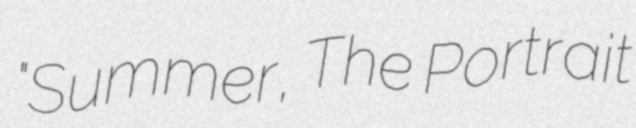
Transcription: "Summer, The Portrait